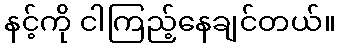
နင့်ကို ငါကြည့်နေချင်တယ်။